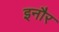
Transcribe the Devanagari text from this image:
इनौर